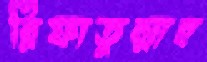
রিফাতুল্লাহ